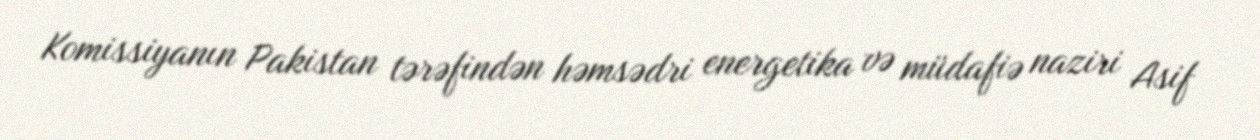
Komissiyanın Pakistan tərəfindən həmsədri energetika və müdafiə naziri Asif